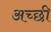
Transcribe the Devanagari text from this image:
अच्छी